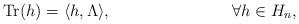
LaTeX: \begin{align*} \mathrm{Tr}(h)=\langle h,\Lambda\rangle,&&\forall h\in H_n,\end{align*}